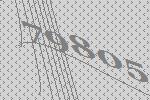
79805